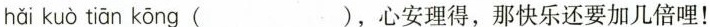
hǎi kuò tiān kōng ( )，心安理得，那快乐还要加几倍哩！